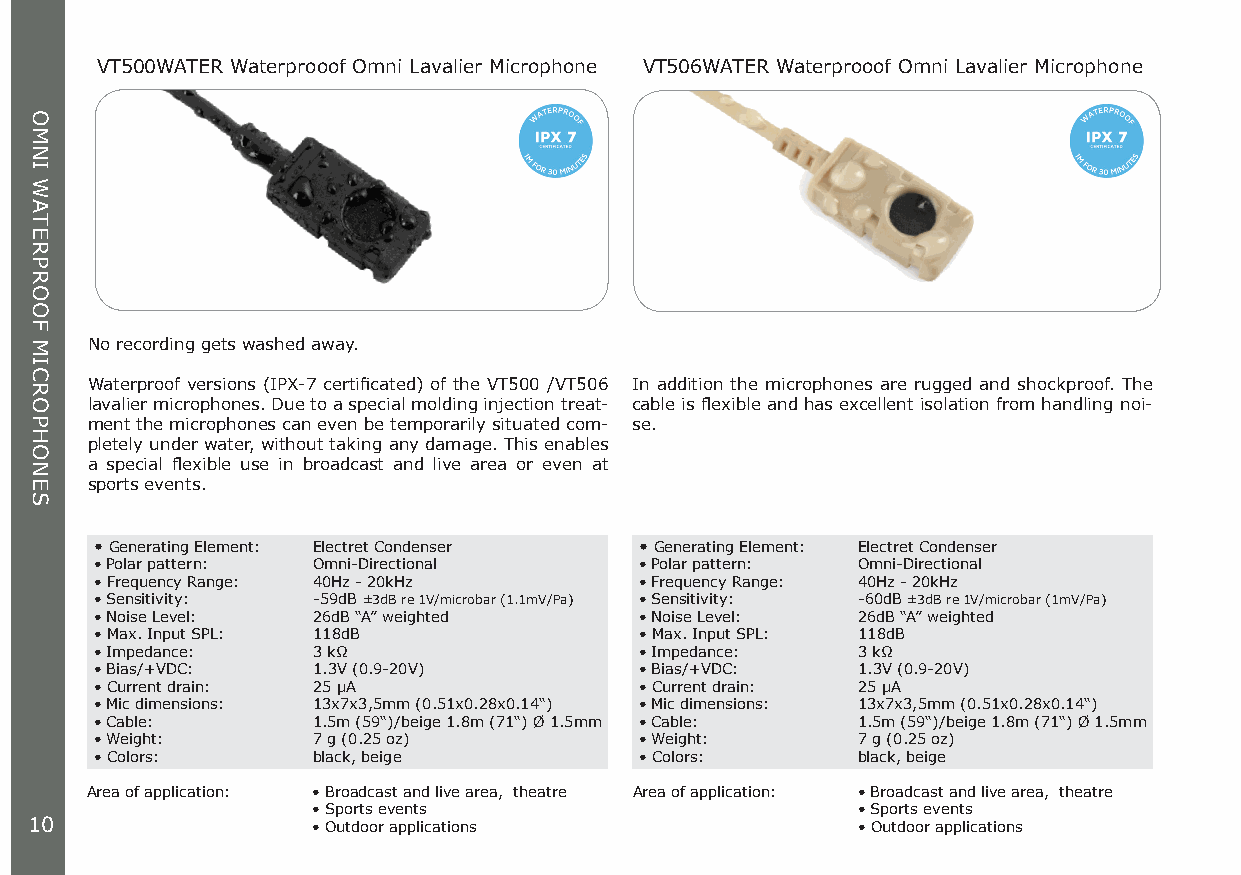
VT500WATER Waterprooof Omni Lavalier Microphone VT506WATER Waterprooof Omni Lavalier Microphone
 No recording gets washed away.
 Waterproof versions (IPX-7 certificated) of the VT500 /VT506 In addition the microphones are rugged and shockproof. The
 lavalier microphones. Due to a special molding injection treat- cable is flexible and has excellent isolation from handling noi-
 ment the microphones can even be temporarily situated com- se.
 pletely under water, without taking any damage. This enables
 a special flexible use in broadcast and live area or even at
 sports events.
 • Generating Element: Electret Condenser • Generating Element: Electret Condenser
 • Polar pattern: Omni-Directional   • Polar pattern: Omni-Directional
 • Frequency Range: 40Hz - 20kHz     • Frequency Range: 40Hz - 20kHz
 • Sensitivity: -59dB ±3dB re 1V/microbar (1.1mV/Pa) • Sensitivity: -60dB ±3dB re 1V/microbar (1mV/Pa)
 • Noise Level: 26dB “A” weighted    • Noise Level: 26dB “A” weighted
 • Max. Input SPL: 118dB             • Max. Input SPL: 118dB
 • Impedance:   3 kΩ                 • Impedance:   3 kΩ
 • Bias/+VDC:   1.3V (0.9-20V)       • Bias/+VDC:   1.3V (0.9-20V)
 • Current drain: 25 μA              • Current drain: 25 μA
 • Mic dimensions: 13x7x3,5mm (0.51x0.28x0.14“) • Mic dimensions: 13x7x3,5mm (0.51x0.28x0.14“)
 • Cable:       1.5m (59“)/beige 1.8m (71“) Ø 1.5mm • Cable: 1.5m (59“)/beige 1.8m (71“) Ø 1.5mm
 • Weight:      7 g (0.25 oz)        • Weight:      7 g (0.25 oz)
 • Colors:      black, beige         • Colors:      black, beige
 Area of application: • Broadcast and live area, theatre Area of application: • Broadcast and live area, theatre
 • Sports events                     • Sports events
 10                 • Outdoor applications              • Outdoor applications
 OMNI
 WATERPROOF
 MICROPHONES